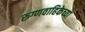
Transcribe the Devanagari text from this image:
रुग्णवाहिकेच्या